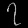
Digit: ၇